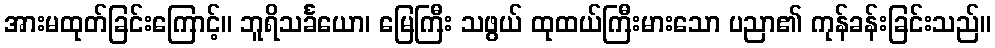
အားမထုတ်ခြင်းကြောင့်။ ဘူရိသင်္ခယော၊ မြေကြီး သဖွယ် ထုထယ်ကြီးမားသော ပညာ၏ ကုန်ခန်းခြင်းသည်။